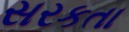
સરકતા